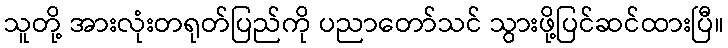
သူတို့ အားလုံးတရုတ်ပြည်ကို ပညာတော်သင် သွားဖို့ပြင်ဆင်ထားပြီ။